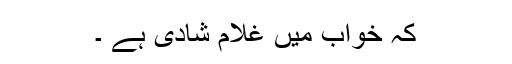
کہ خواب میں غلام شادی ہے ۔